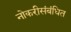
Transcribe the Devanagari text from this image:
नोकरीसंबंधित